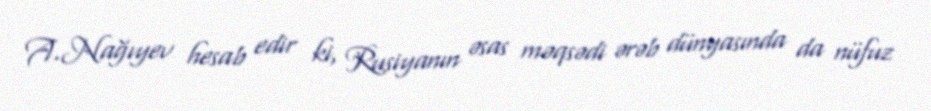
A.Nağıyev hesab edir ki, Rusiyanın əsas məqsədi ərəb dünyasında da nüfuz